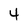
Character: 4